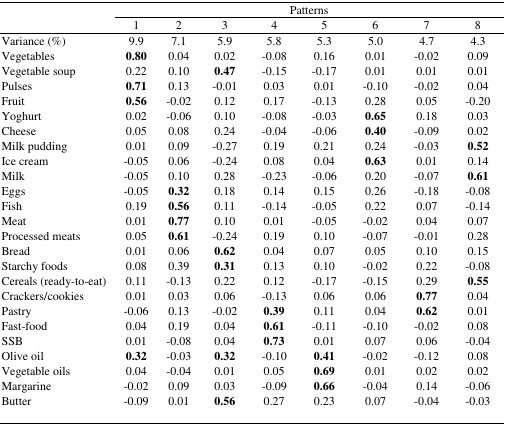
<table><thead><tr><td></td><td colspan="8"><b>Patterns</b></td></tr><tr><td></td><td><b>1</b></td><td><b>2</b></td><td><b>3</b></td><td><b>4</b></td><td><b>5</b></td><td><b>6</b></td><td><b>7</b></td><td><b>8</b></td></tr></thead><tbody><tr><td>Variance (%)</td><td>9.9</td><td>7.1</td><td>5.9</td><td>5.8</td><td>5.3</td><td>5.0</td><td>4.7</td><td>4.3</td></tr><tr><td>Vegetables</td><td><b>0.80</b></td><td>0.04</td><td>0.02</td><td>−0.08</td><td>0.16</td><td>0.01</td><td>−0.02</td><td>0.09</td></tr><tr><td>Vegetable soup</td><td>0.22</td><td>0.10</td><td><b>0.47</b></td><td>−0.15</td><td>−0.17</td><td>0.01</td><td>0.01</td><td>0.01</td></tr><tr><td>Pulses</td><td><b>0.71</b></td><td>0.13</td><td>−0.01</td><td>0.03</td><td>0.01</td><td>−0.10</td><td>−0.02</td><td>0.04</td></tr><tr><td>Fruit</td><td><b>0.56</b></td><td>−0.02</td><td>0.12</td><td>0.17</td><td>−0.13</td><td>0.28</td><td>0.05</td><td>−0.20</td></tr><tr><td>Yoghurt</td><td>0.02</td><td>−0.06</td><td>0.10</td><td>−0.08</td><td>−0.03</td><td><b>0.65</b></td><td>0.18</td><td>0.03</td></tr><tr><td>Cheese</td><td>0.05</td><td>0.08</td><td>0.24</td><td>−0.04</td><td>−0.06</td><td><b>0.40</b></td><td>−0.09</td><td>0.02</td></tr><tr><td>Milk pudding</td><td>0.01</td><td>0.09</td><td>−0.27</td><td>0.19</td><td>0.21</td><td>0.24</td><td>−0.03</td><td><b>0.52</b></td></tr><tr><td>Ice cream</td><td>−0.05</td><td>0.06</td><td>−0.24</td><td>0.08</td><td>0.04</td><td><b>0.63</b></td><td>0.01</td><td>0.14</td></tr><tr><td>Milk</td><td>−0.05</td><td>0.10</td><td>0.28</td><td>−0.23</td><td>−0.06</td><td>0.20</td><td>−0.07</td><td><b>0.61</b></td></tr><tr><td>Eggs</td><td>−0.05</td><td><b>0.32</b></td><td>0.18</td><td>0.14</td><td>0.15</td><td>0.26</td><td>−0.18</td><td>−0.08</td></tr><tr><td>Fish</td><td>0.19</td><td><b>0.56</b></td><td>0.11</td><td>−0.14</td><td>−0.05</td><td>0.22</td><td>0.07</td><td>−0.14</td></tr><tr><td>Meat</td><td>0.01</td><td><b>0.77</b></td><td>0.10</td><td>0.01</td><td>−0.05</td><td>−0.02</td><td>0.04</td><td>0.07</td></tr><tr><td>Processed meats</td><td>0.05</td><td><b>0.61</b></td><td>−0.24</td><td>0.19</td><td>0.10</td><td>−0.07</td><td>−0.01</td><td>0.28</td></tr><tr><td>Bread</td><td>0.01</td><td>0.06</td><td><b>0.62</b></td><td>0.04</td><td>0.07</td><td>0.05</td><td>0.10</td><td>0.15</td></tr><tr><td>Starchy foods</td><td>0.08</td><td>0.39</td><td><b>0.31</b></td><td>0.13</td><td>0.10</td><td>−0.02</td><td>0.22</td><td>−0.08</td></tr><tr><td>Cereals (ready-to-eat)</td><td>0.11</td><td>−0.13</td><td>0.22</td><td>0.12</td><td>−0.17</td><td>−0.15</td><td>0.29</td><td><b>0.55</b></td></tr><tr><td>Crackers/cookies</td><td>0.01</td><td>0.03</td><td>0.06</td><td>−0.13</td><td>0.06</td><td>0.06</td><td><b>0.77</b></td><td>0.04</td></tr><tr><td>Pastry</td><td>−0.06</td><td>0.13</td><td>−0.02</td><td><b>0.39</b></td><td>0.11</td><td>0.04</td><td><b>0.62</b></td><td>0.01</td></tr><tr><td>Fast-food</td><td>0.04</td><td>0.19</td><td>0.04</td><td><b>0.61</b></td><td>−0.11</td><td>−0.10</td><td>−0.02</td><td>0.08</td></tr><tr><td>SSB</td><td>0.01</td><td>−0.08</td><td>0.04</td><td><b>0.73</b></td><td>0.01</td><td>0.07</td><td>0.06</td><td>−0.04</td></tr><tr><td>Olive oil</td><td><b>0.32</b></td><td>−0.03</td><td><b>0.32</b></td><td>−0.10</td><td><b>0.41</b></td><td>−0.02</td><td>−0.12</td><td>0.08</td></tr><tr><td>Vegetable oils</td><td>0.04</td><td>−0.04</td><td>0.01</td><td>0.05</td><td><b>0.69</b></td><td>0.01</td><td>0.02</td><td>0.02</td></tr><tr><td>Margarine</td><td>−0.02</td><td>0.09</td><td>0.03</td><td>−0.09</td><td><b>0.66</b></td><td>−0.04</td><td>0.14</td><td>−0.06</td></tr><tr><td>Butter</td><td>−0.09</td><td>0.01</td><td><b>0.56</b></td><td>0.27</td><td>0.23</td><td>0.07</td><td>−0.04</td><td>−0.03</td></tr></tbody></table>